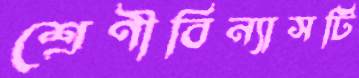
শ্রেণীবিন্যাসটি